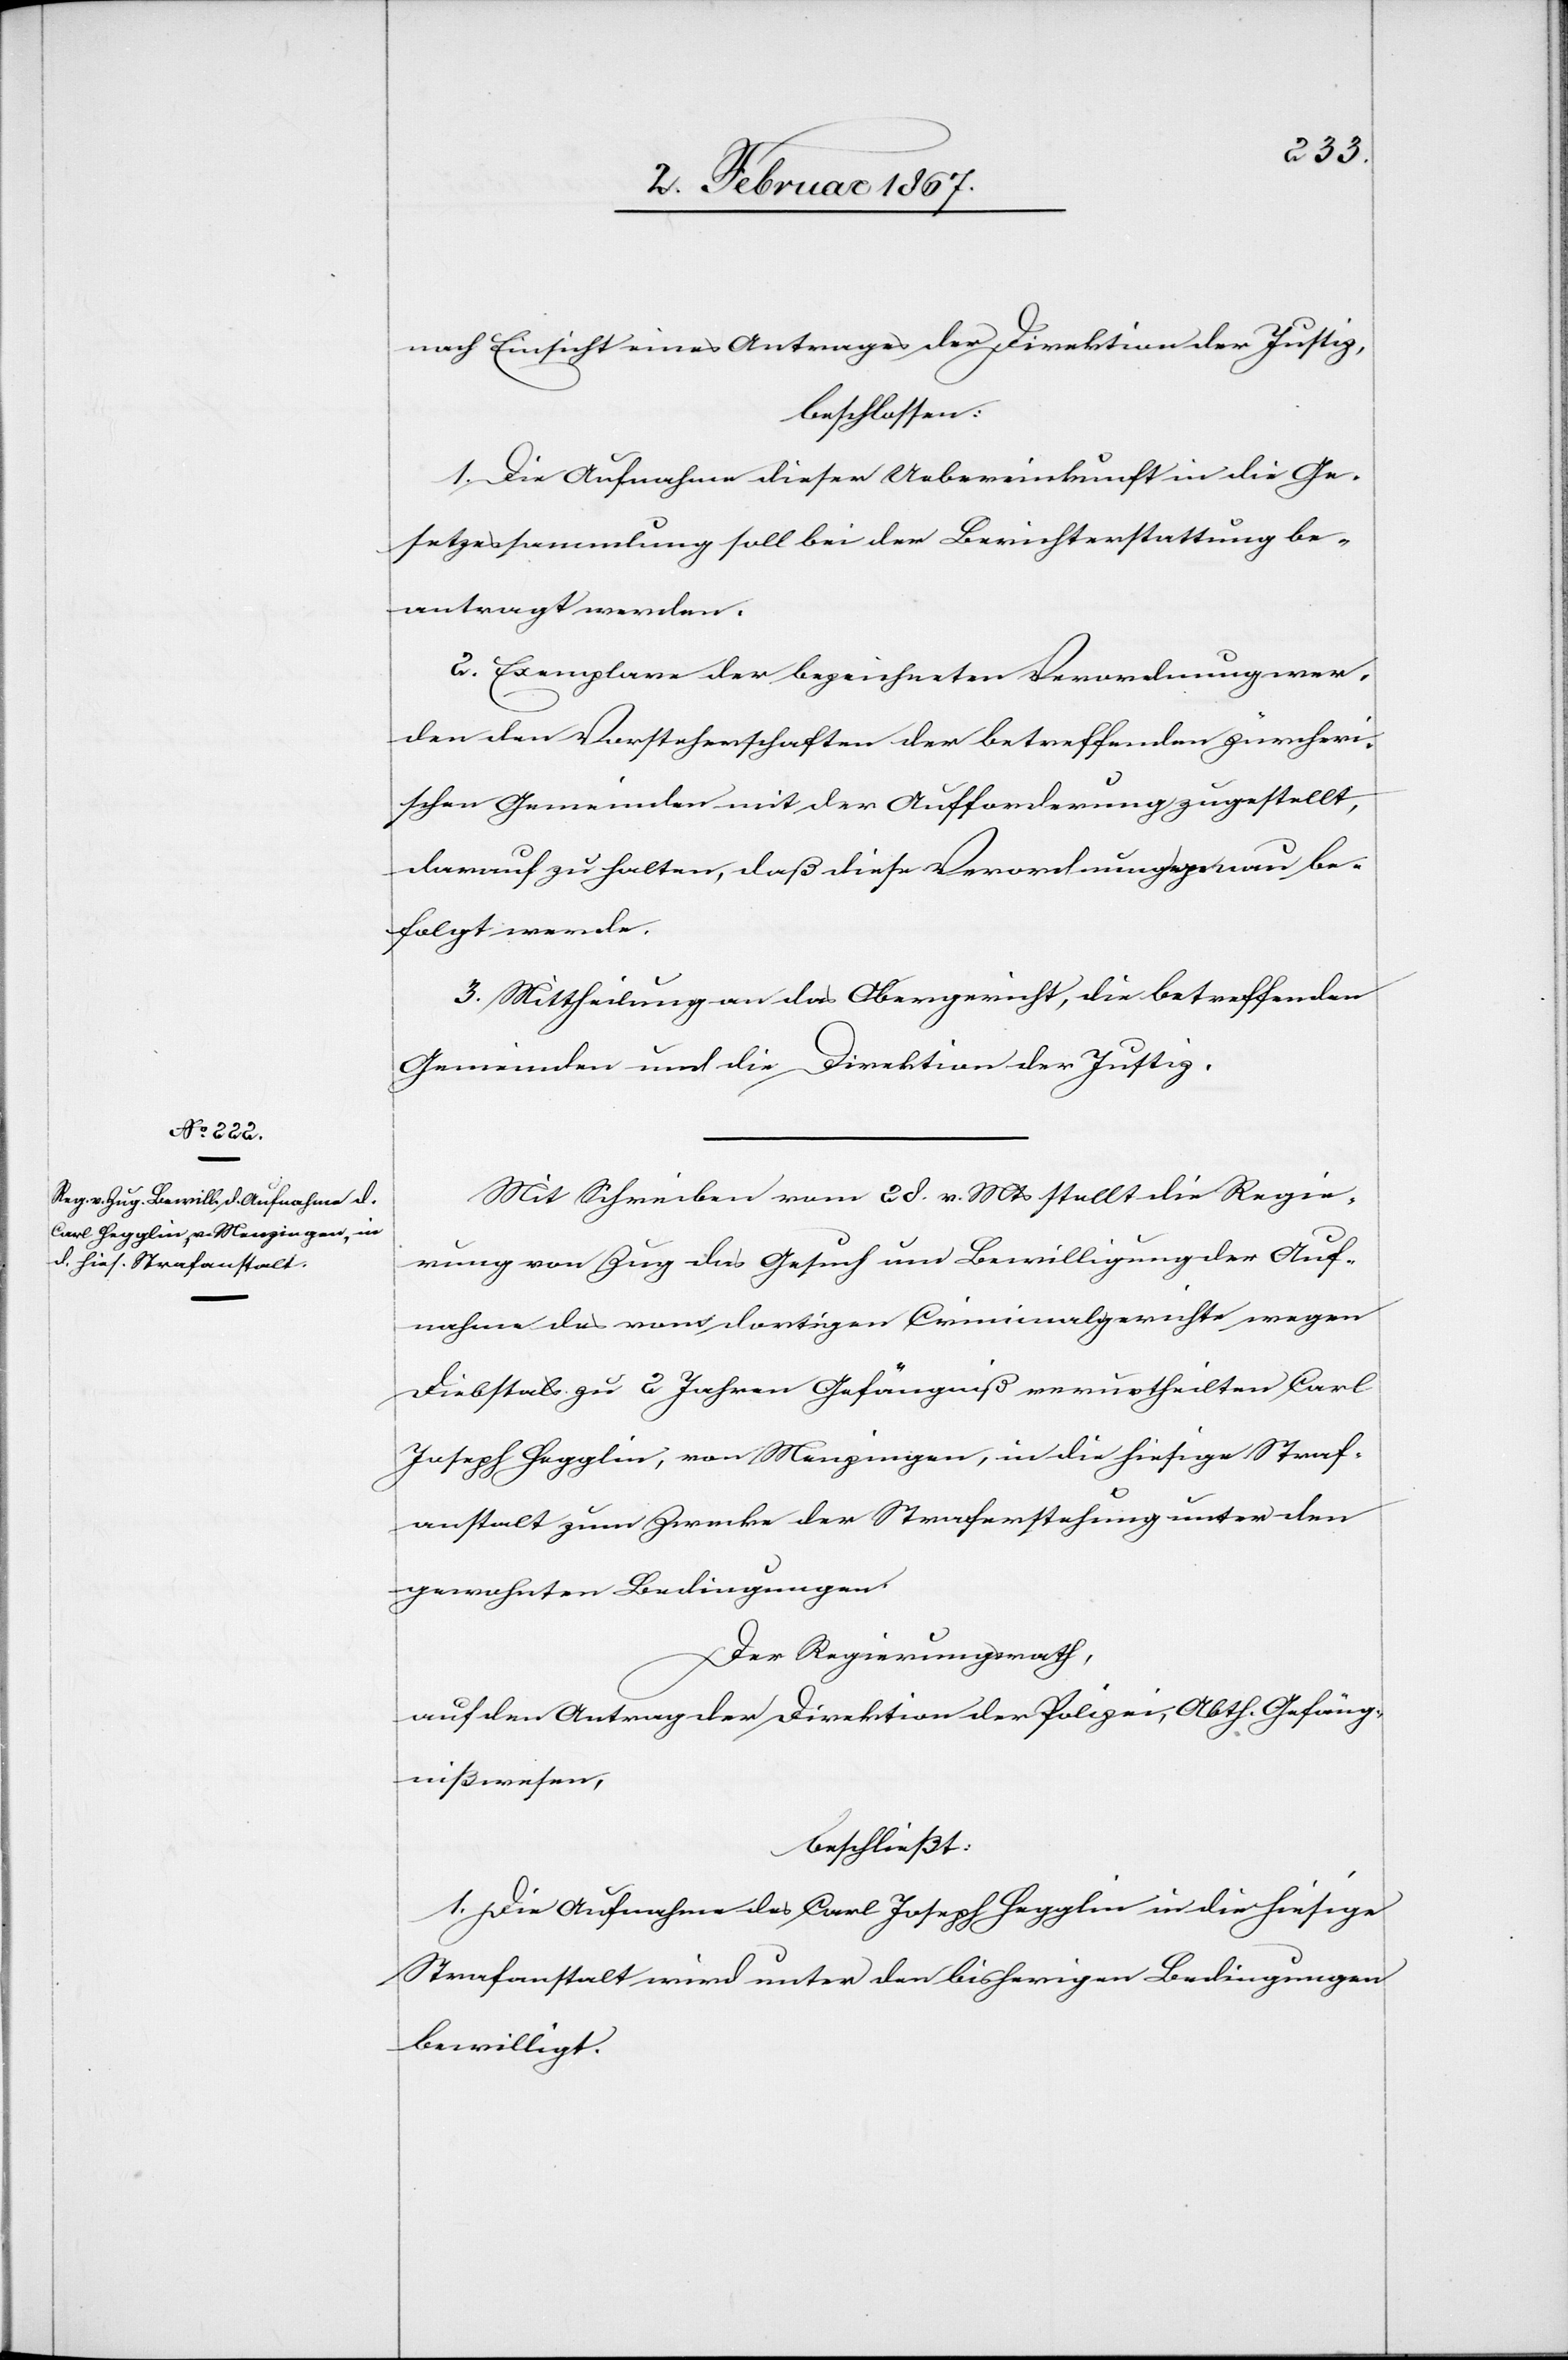
nach Einsicht eines Antrages der Direktion der Justiz,
beschlossen:
1. Die Aufnahme dieser Uebereinkunft in die Ge¬
setzessammlung soll bei der Berichterstattung be¬
antragt werden.
2. Exemplare der bezeichneten Verordnung wer¬
den den Vorsteherschaften der betreffenden zürcheri¬
schen Gemeinden mit der Aufforderung zugestellt,
darauf zu halten, daß diese Verordnungen … be¬
folgt werden.
3. Mittheilung an das Obergericht, die betreffenden
Gemeinden und die Direktion der Justiz.